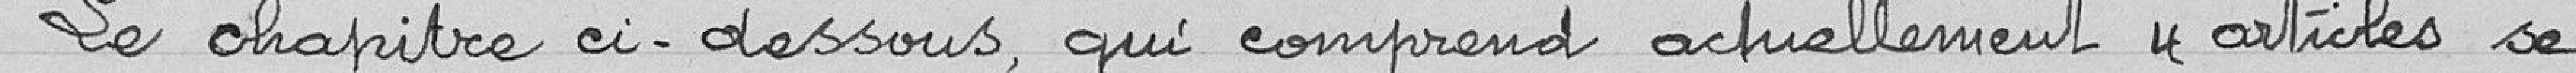
Le chapitre ci-dessous, qui comprend actuellement 4 articles se